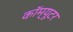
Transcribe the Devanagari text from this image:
कॉम्यूटर